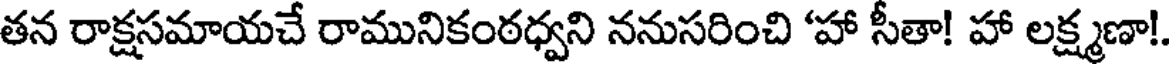
తన రాక్షసమాయచే రామునికంఠధ్వని ననుసరించి 'హా సీతా! హా లక్ష్మణా!